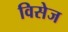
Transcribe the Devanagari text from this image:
विसेज